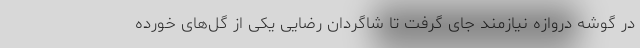
در گوشه دروازه نیازمند جای گرفت تا شاگردان رضایی یکی از گل‌های خورده